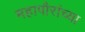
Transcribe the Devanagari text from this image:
महापौरांच्या